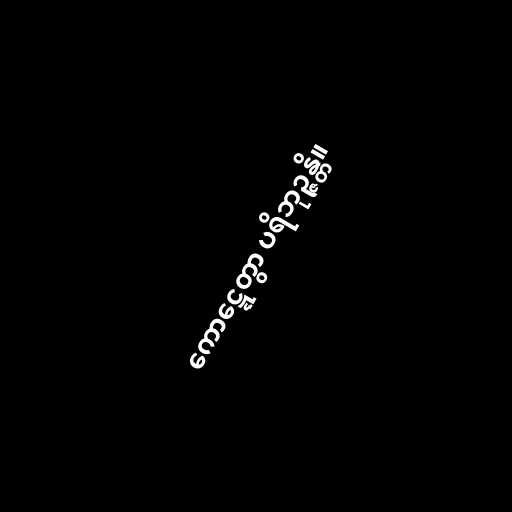
ကောဋ္ဋေတွာ ပရိဘုဉ္ဇန္တိ။